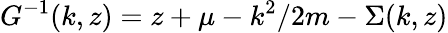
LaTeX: G^{-1}(k,z)=z+\mu-k^{2}/2m-\Sigma(k,z)